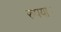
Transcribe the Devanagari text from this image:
रुपया।